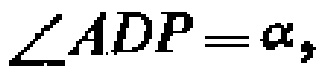
\(\angle ADP=\alpha,\)